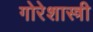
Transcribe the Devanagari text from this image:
गोरेशास्त्री